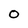
Character: O